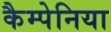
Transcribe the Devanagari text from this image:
कैम्पेनिया